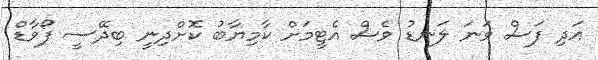
އަދި ފަސް ވަނަ ލަނޑު ވެސް އެޓީމަށް ކާމިޔާބު ކޮށްދިނީ ބިދޭސީ ފޯވާޑް